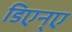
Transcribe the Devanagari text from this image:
डिएन्ए